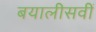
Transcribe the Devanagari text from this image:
बयालीसवीं